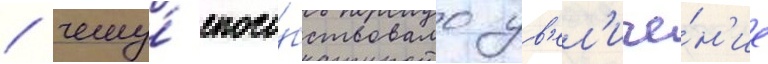
/ чему́ спосо́бствовало ув'ел'иче́н'ие